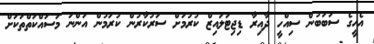
އެހީގެ ސަބަބުން ސިއްހީ ދާއިރާ ޑިޖިޓަލައިޒް ކުރުމަށް ސަރުކާރުން ކުރަމުން އަންނަ މަސައްކަތްތަކަށް